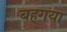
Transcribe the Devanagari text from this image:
बहगया